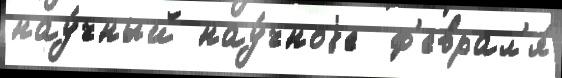
нау́чный нау́чноjе  ф'еврал'я́